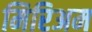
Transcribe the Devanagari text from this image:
मिरिअम